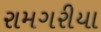
રામગરીયા